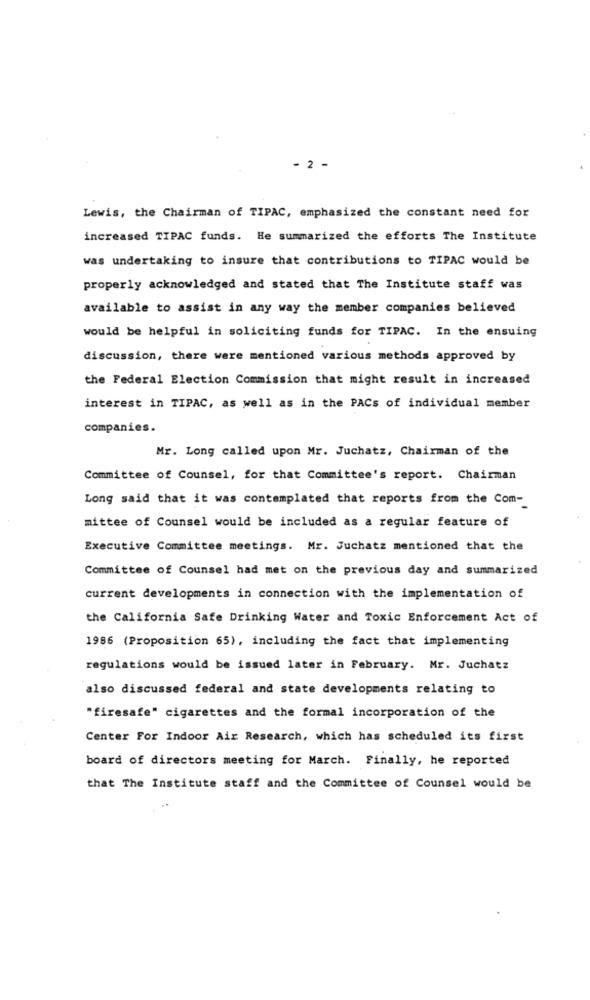
- 2 -
Lewis, the Chairman of TIPAC, emphasized the constant need for
increased TIPAC funds. He summarized the efforts The Institute
was undertaking to insure that contributions to TIPAC would be
properly acknowledged and stated that The Institute staff was
available to assist in any way the member companies believed
would be helpful in soliciting funds for TIPAC. In the ensuing
discussion, there were mentioned various methods approved by
the Federal Election Commission that might result in increased
interest in TIPAC, as well as in the PACs of individual member
companies.
Mr. Long called upon Mr. Juchatz, Chairman of the
Committee of Counsel, for that Committee's report. Chairman
Long said that it was contemplated that reports from the Com-
mittee of Counsel would be included as a regular feature of
Executive Committee meetings. Mr. Juchatz mentioned that the
Committee of Counsel had met on the previous day and summarized
current developments in connection with the implementation of
the California Safe Drinking Water and Toxic Enforcement Act of
1986 (Proposition 65), including the fact that implementing
regulations would be issued later in February. Mr. Juchatz
also discussed federal and state developments relating to
"firesafe" cigarettes and the formal incorporation of the
Center For Indoor Air Research, which has scheduled its first
board of directors meeting for March. Finally, he reported
that The Institute staff and the Committee of Counsel would be